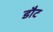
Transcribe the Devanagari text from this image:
डौट